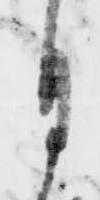
月